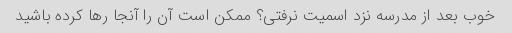
خوب بعد از مدرسه نزد اسمیت نرفتی؟ ممکن است آن را آنجا رها کرده باشید